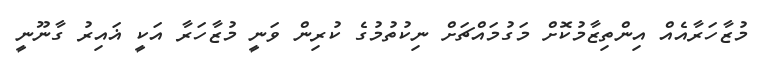
މުޒާހަރާއެއް އިންތިޒާމުކޮށް މަގުމައްޗަށް ނިކުތުމުގެ ކުރިން ވަނީ މުޒާހަރާ އަކީ ޣައިރު ގާނޫނީ